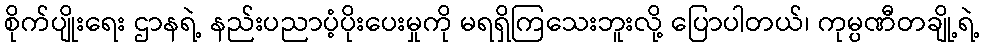
စိုက်ပျိုးရေး ဌာနရဲ့ နည်းပညာပံ့ပိုးပေးမှုကို မရရှိကြသေးဘူးလို့ ပြောပါတယ်၊ ကုမ္ပဏီတချို့ရဲ့